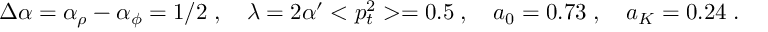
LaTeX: \Delta \alpha = \alpha _ { \rho } - \alpha _ { \phi } = 1 / 2 \; , ~ ~ ~ \lambda = 2 \alpha ^ { \prime } < p _ { t } ^ { 2 } > = 0 . 5 \; , ~ ~ ~ a _ { 0 } = 0 . 7 3 \; , ~ ~ ~ a _ { K } = 0 . 2 4 \; .